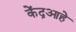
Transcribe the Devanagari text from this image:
केंद्रआहे